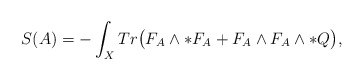
\begin{align*}S(A)=-\int_{X}Tr\big{(}F_{A}\wedge\ast F_{A}+F_{A}\wedge F_{A}\wedge\ast{Q}\big{)},\end{align*}